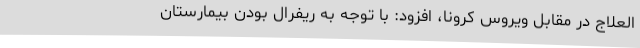
العلاج در مقابل ویروس کرونا، افزود: با توجه به ریفرال بودن بیمارستان